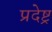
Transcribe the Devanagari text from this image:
प्रदेष्ट्र